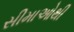
સીમાઓથી